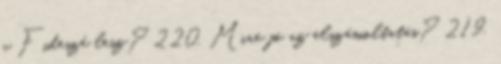
a Fideszé lesz? 220. Mire jó az elszámoltatás? 219.